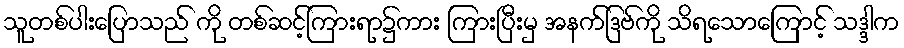
သူတစ်ပါးပြောသည် ကို တစ်ဆင့်ကြားရာ၌ကား ကြားပြီးမှ အနက်ဒြဗ်ကို သိရသောကြောင့် သဒ္ဒါက